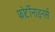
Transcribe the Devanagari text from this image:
फोर्टीनाइनर्स